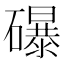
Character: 𥗋